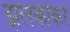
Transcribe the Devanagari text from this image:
झलकीकर